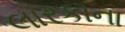
લારકાના